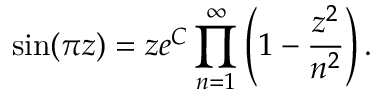
\sin ( \pi z ) = z e ^ { C } \displaystyle \prod _ { n = 1 } ^ { \infty } \left( 1 - { \frac { z ^ { 2 } } { n ^ { 2 } } } \right) .